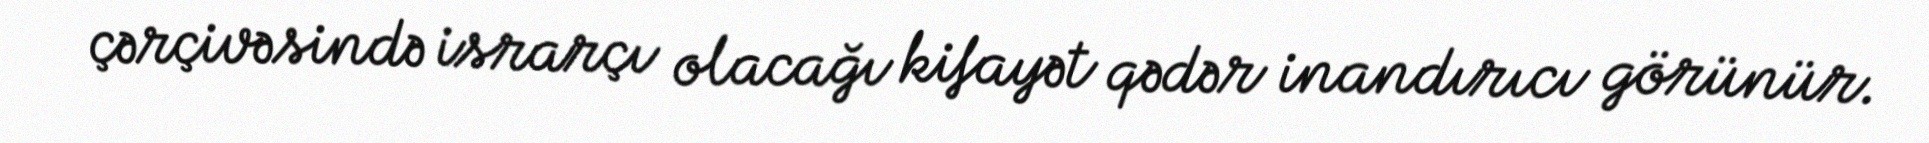
çərçivəsində israrçı olacağı kifayət qədər inandırıcı görünür.